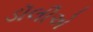
ડૉલીએ